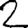
Digit: 2